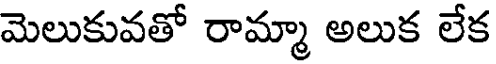
మెలుకువతో రామ్మా అలుక లేక